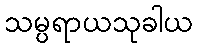
သမ္ပရာယသုခါယ